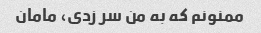
ممنونم که به من سر زدی، مامان